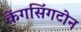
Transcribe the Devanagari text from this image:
केंगसिंगटोन